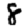
Digit: 8